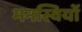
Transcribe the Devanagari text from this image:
मनस्वियों